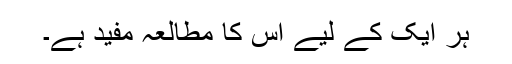
ہر ایک کے لیے اس کا مطالعہ مفید ہے۔